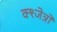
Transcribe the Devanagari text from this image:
क्श्जेत्रों